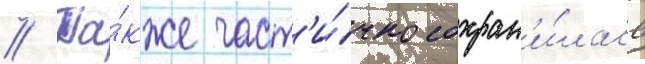
// Та́кже част'и́чно сохран'и́лась